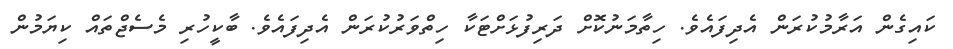
ކައިގެން އަރާމުކުރަން އެދިފައެވެ. ހިތާމަނުކޮށް ދަރިފުޅަށްޓަކާ ހިތްވަރުކުރަން އެދިފައެވެ. ބާކީހުރި މެސެޖްތައް ކިޔަމުން